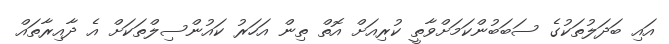
އައި ބަދަލުތަކުގެ ސަބަބުންކަމަށްވާތީ ކުރިއަށް އޮތް ތިން އަހަރު ކައުންސިލްތަކަށް އެ ދާއިރާތައް